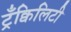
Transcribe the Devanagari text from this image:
ट्रँक्विलिटी